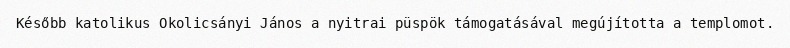
Később katolikus Okolicsányi János a nyitrai püspök támogatásával megújította a templomot.